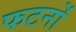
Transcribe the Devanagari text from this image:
फटनों